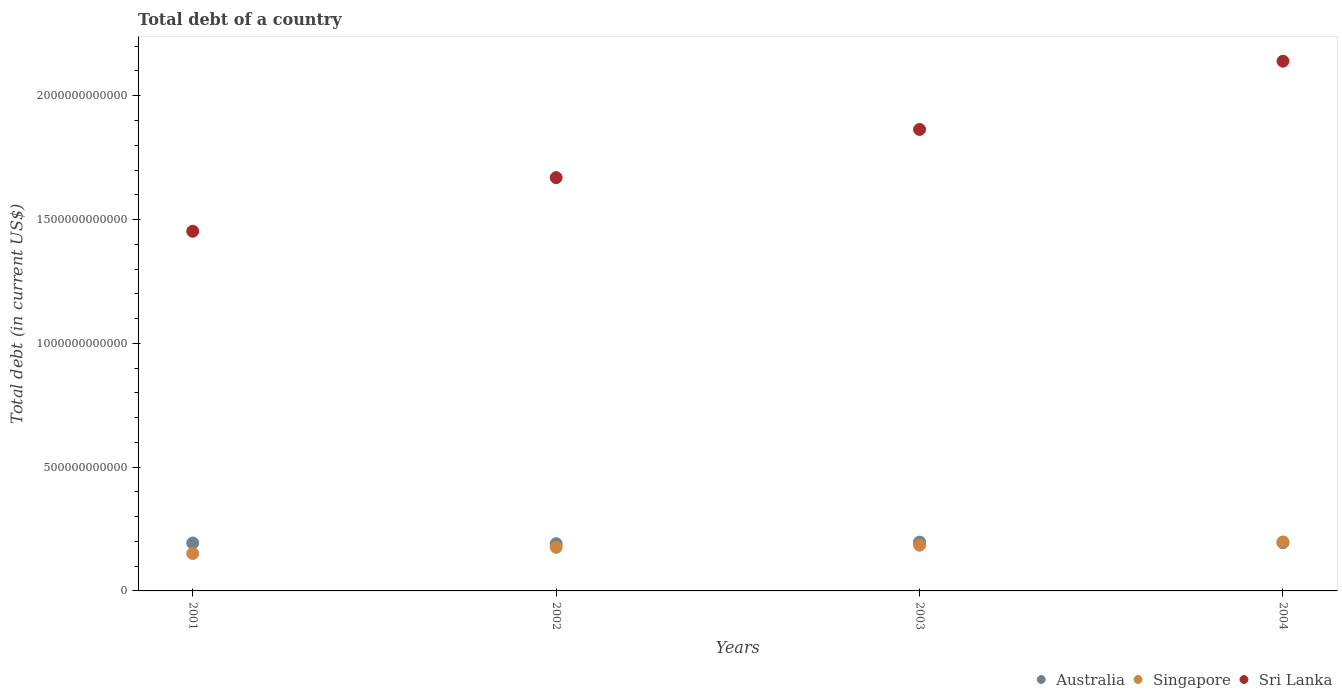
| Years | Australia | Singapore | Sri Lanka |
 | --- | --- | --- | --- |
 | 2001 | 1.94e+11 | 1.51e+11 | 1.45e+12 |
 | 2002 | 1.91e+11 | 1.76e+11 | 1.67e+12 |
 | 2003 | 1.97e+11 | 1.85e+11 | 1.86e+12 |
 | 2004 | 1.95e+11 | 1.98e+11 | 2.14e+12 |